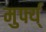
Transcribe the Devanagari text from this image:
मुर्फ्य्